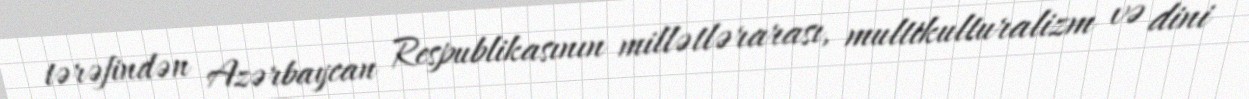
tərəfindən Azərbaycan Respublikasının millətlərarası, multikulturalizm və dini